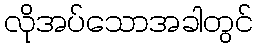
လိုအပ်သောအခါတွင်